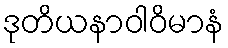
ဒုတိယနာဝါဝိမာနံ